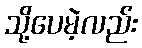
သို့ပေမဲ့လည်း